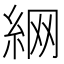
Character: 䋞